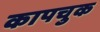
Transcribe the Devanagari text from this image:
कापचुक